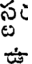
స